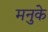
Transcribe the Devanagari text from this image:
मनुके